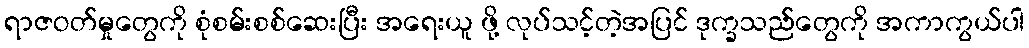
ရာဇဝတ်မှုတွေကို စုံစမ်းစစ်ဆေးပြီး အရေးယူ ဖို့ လုပ်သင့်တဲ့အပြင် ဒုက္ခသည်တွေကို အကာကွယ်ပါ